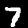
Label: 7